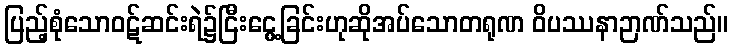
ပြည့်စုံသောဝဋ်ဆင်းရဲ၌ငြီးငွေ့ခြင်းဟုဆိုအပ်သောတရုဏ ဝိပဿနာဉာဏ်သည်။